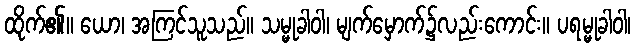
ထိုက်၏။ ယော၊ အကြင်သူသည်။ သမ္မုခါဝါ၊ မျက်မှောက်၌လည်းကောင်း။ ပရမ္မုခါဝါ၊